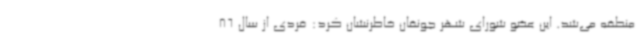
منطقه می‌شد. این عضو شورای شهر جونقان خاطرنشان کرد: فردی از سال 86